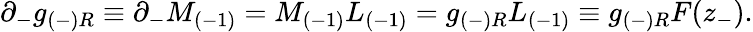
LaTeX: \partial_{-}g_{(-)R}\equiv\partial_{-}M_{(-1)}=M_{(-1)}L_{(-1)}=g_{(-)R}L_{(-1)}\equiv g_{(-)R}{F}(z_{-}).